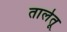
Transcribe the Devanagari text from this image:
तालेतू